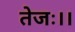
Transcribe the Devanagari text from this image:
तेजः।।